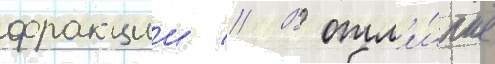
фракции // В отл'и́чие